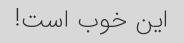
این خوب است!